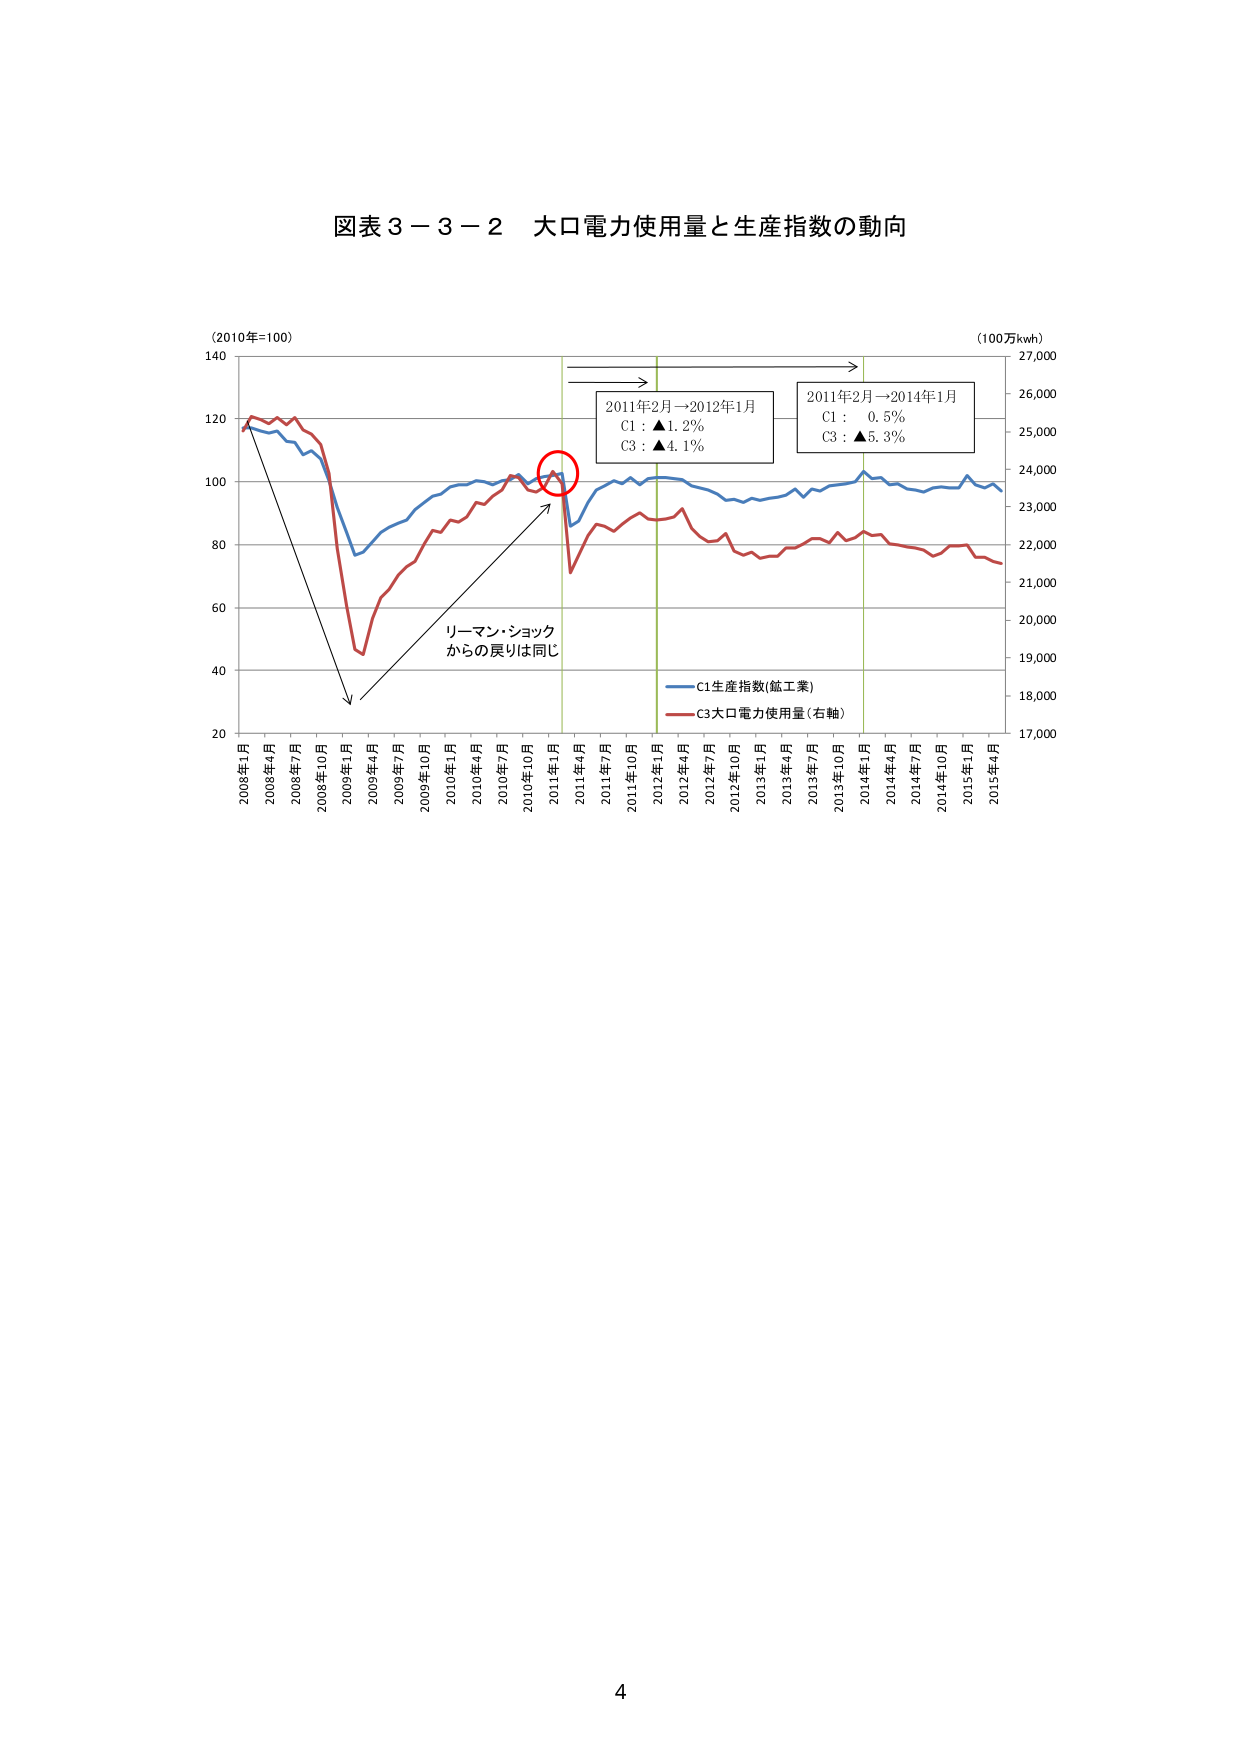
図表３－３－２ 大口電力使用量と生産指数の動向

(2010年=100)
140
120
100
80
60
40
20

2008年1月
2008年4月
2008年7月
2008年10月
2009年1月
2009年4月
2009年7月
2009年10月
2010年1月
2010年4月
2010年7月
2010年10月
2011年1月
2011年4月
2011年7月
2011年10月
2012年1月
2012年4月
2012年7月
2012年10月
2013年1月
2013年4月
2013年7月
2013年10月
2014年1月
2014年4月
2014年7月
2014年10月
2015年1月
2015年4月

(100万kwh)
27,000
26,000
25,000
24,000
23,000
22,000
21,000
20,000
19,000
18,000
17,000

2011年2月→2012年1月
C1：▲1.2%
C3：▲4.1%

2011年2月→2014年1月
C1： 0.5%
C3：▲5.3%

リーマン・ショック
からの戻りは同じ

C1生産指数(鉱工業)
C3大口電力使用量(右軸)

4